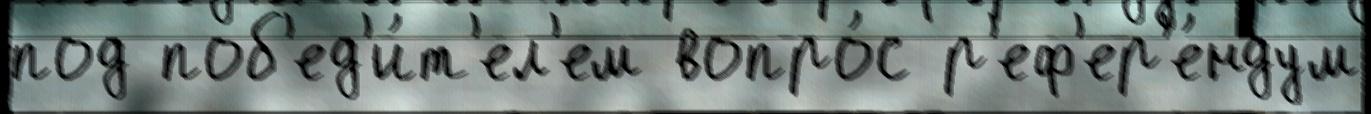
под поб'ед'и́т'ел'ем вопро́с р'еф'ер'е́ндум